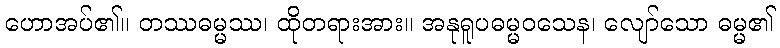
ဟောအပ်၏။ တဿဓမ္မဿ၊ ထိုတရားအား။ အနုရူပဓမ္မဝသေန၊ လျော်သော ဓမ္မ၏